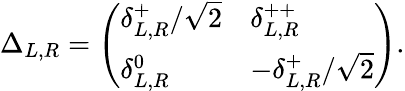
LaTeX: \Delta_{L,R}=\left(\begin{array}{ll}{{\delta_{L,R}^{+}/\sqrt{2}}}&{{\delta_{L,R}^{++}}}\\ {{\delta_{L,R}^{0}}}&{{-\delta_{L,R}^{+}/\sqrt{2}}}\end{array}\right).